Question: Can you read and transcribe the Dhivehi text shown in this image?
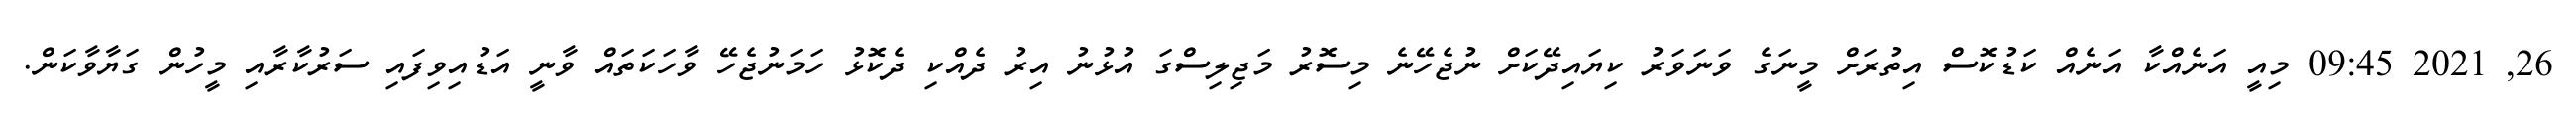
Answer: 26, 2021 09:45 މިއީ އަނެއްކާ އަނެއް ކަޑުކޮސް އިތުރަށް މީނަގެ ވަނަވަރު ކިޔައިދޭކަށް ނުޖެހޭނެ މިސޮރު މަޖިލިސްގަ އުޅުނު އިރު ދެއްކި ދެކޮޅު ހަމަނުޖެހޭ ވާހަކަތައް ވާނީ އަޑުއިވިފައި ސަރުކާރާއި މީހުން ގަޔާވާކަން.